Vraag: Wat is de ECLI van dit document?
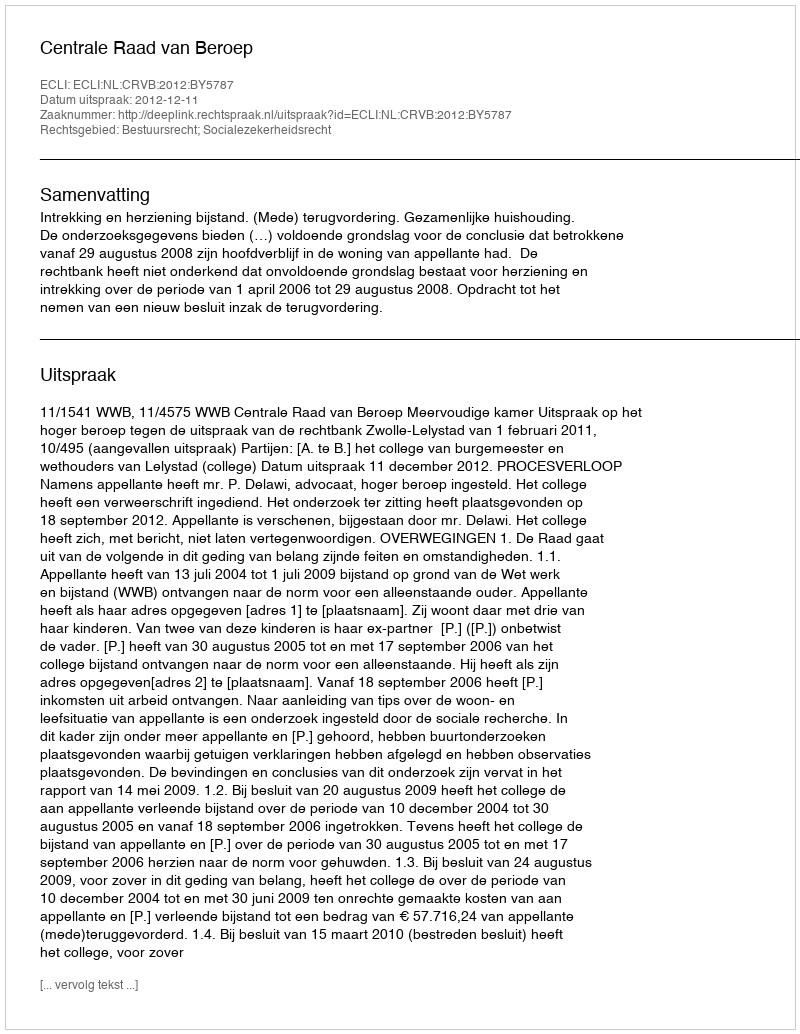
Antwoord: ECLI:NL:CRVB:2012:BY5787